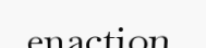
enaction